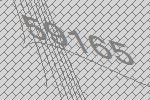
59165